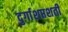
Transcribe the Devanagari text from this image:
दुर्गाशप्तशती